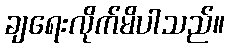
ချရေးလိုက်မိပါသည်။